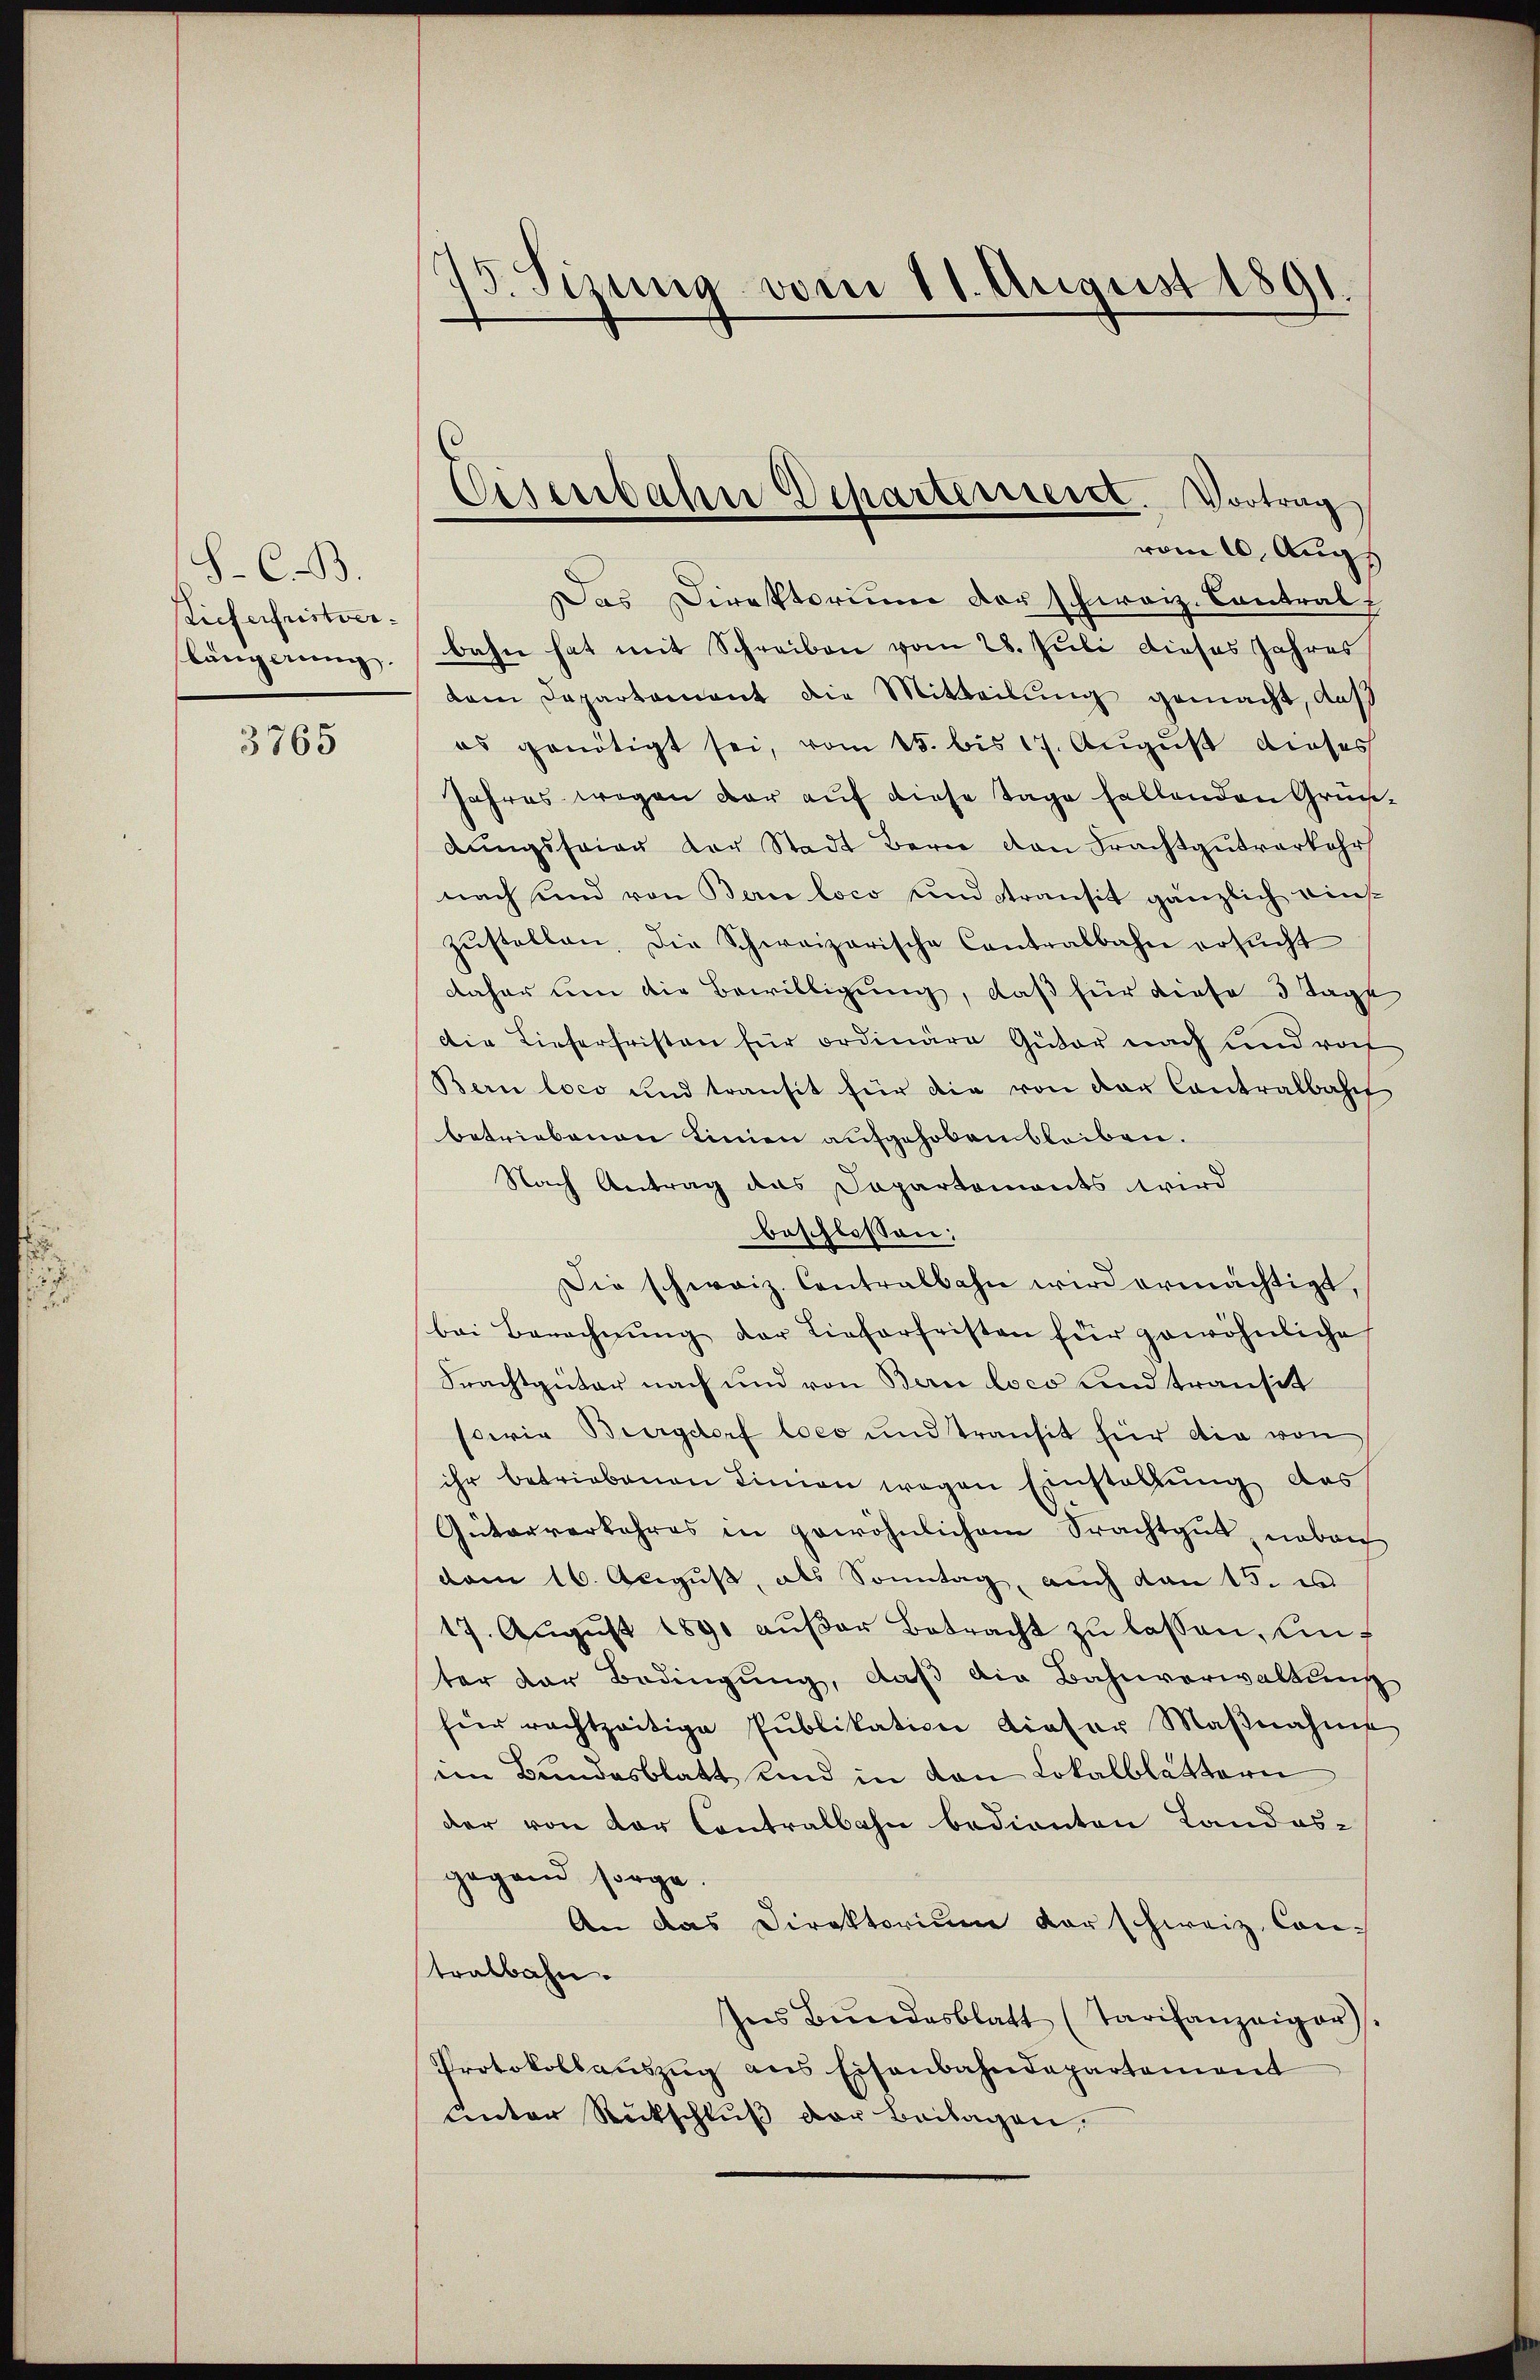
S. C. B.
Stieferfristverlängerung.

3765

F. Sizung vom 11. August 1891.

Eisenbahn Departement. Vortrag
vom 20. Augs

Das Direktorium der schweiz. Contral-
bahn hat mit Schreiben vom 28. Juli dieses Jahres
dem Departament die Mitteilung gemacht, daß
es genötigt sei, vom 15. bis 17. August dieses
Jahres wegen der auf diese Tage fallenden Gründungsfeier der Stadt Bern den Frachtgutverkehr
nach und von Bern loco und transit gänzlich einszŭstellen. Die Schweizerische Contralbahn ersucht
daher um die Bewilligung, daß für diese 3 Tage
die Lieferfristen für ordinäre Güter nach und vor
Bern loco und transit für die von der Contralbahn
betriebenen Linien aufgehoben bleiben.
Nach Antrag das Capartements wird
beschlossen:
Die schweiz. Contralbahn wird ermächtigt,
bei Berechnŭng der Lieferfristen für gewöhnliche
Frachtguter nach und von Bern loco und transit
sowie Burgdorf loco und Transit für die von
ihr betriebenen Linien wegen Einstaltung des
Güterverkehres in gewöhnlichem Stachtgut, neben
vom 16. August, als Sonntag, auch den 15. e
17. Aŭgŭst 1890 aŭβer Betracht zŭ lassen, einter der Bedingung, daß die Bahnverwaltung
hier rechtzeitige Publikation dieser Maβnahme
ein Bundesblatt und in den Lokalblättern
der von der Contralbahn bedienten Landes-
gegend sorge.
An das Direktorium vor schweiz. Contralbahn.
Ins Bŭndesblatt (Tarifanzeiger
Protokollaŭszŭg ans Eisenbahndepartement
Ceter Rückschlŭβ der Beilagen.